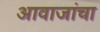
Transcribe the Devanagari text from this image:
आवाजांचा